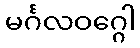
မင်္ဂလဝဂ္ဂေါ